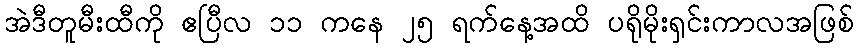
အဲဒီတူမီးထီကို ဧပြီလ ၁၁ ကနေ ၂၅ ရက်နေ့အထိ ပရိုမိုးရှင်းကာလအဖြစ်